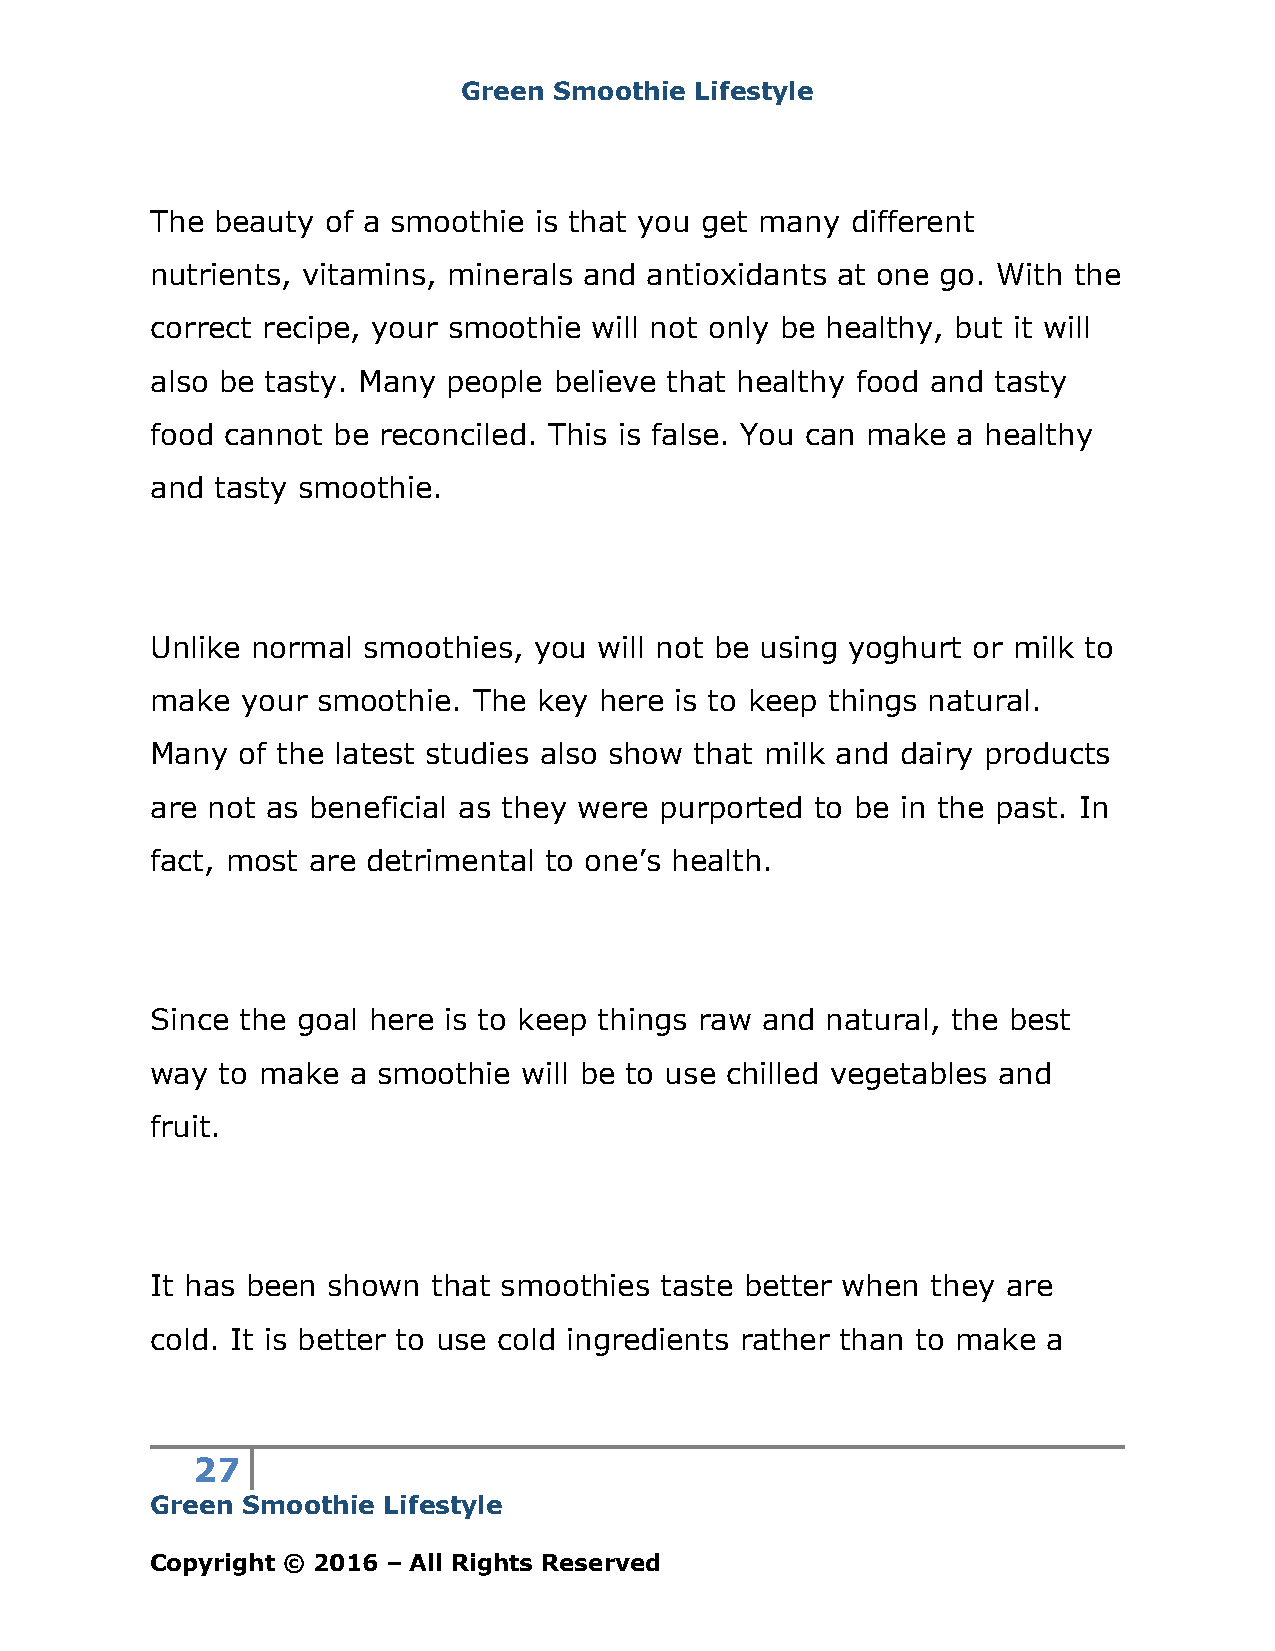
Green Smoothie Lifestyle
 The beauty  of a smoothie is that you get many different
 nutrients, vitamins, minerals and antioxidants at one go. With the
 correct recipe, your smoothie will not only be healthy, but it will
 also be tasty. Many people believe that healthy food and tasty
 food cannot be reconciled. This is false. You can make a healthy
 and tasty smoothie.
 Unlike normal smoothies, you  will not be using yoghurt or milk to
 make  your smoothie. The  key here is to keep things natural.
 Many  of the latest studies also show that milk and dairy products
 are not as beneficial as they were purported to be in the past. In
 fact, most are detrimental to one’s health.
 Since the goal here is to keep things raw and natural, the best
 way  to make a smoothie  will be to use chilled vegetables and
 fruit.
 It has been shown  that smoothies taste better when they are
 cold. It is better to use cold ingredients rather than to make a
 27
 Green Smoothie Lifestyle
 Copyright © 2016 – All Rights Reserved